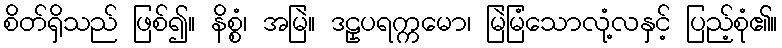
စိတ်ရှိသည် ဖြစ်၍။ နိစ္စံ၊ အမြဲ။ ဒဠှပရက္ကမော၊ မြဲမြံသောလုံ့လနှင့် ပြည့်စုံ၏။